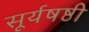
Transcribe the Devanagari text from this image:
सूर्यषष्ठी